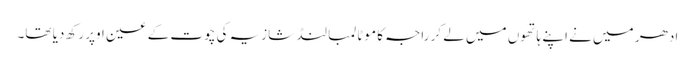
ادھر میں نے اپنے ہاتھوں میں لے کر راجہ کا موٹا لمبا لنڈ شازیہ کی چوت کے عین اوپر رکھ دیا تھا۔